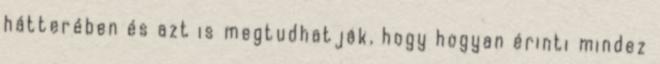
hátterében és azt is megtudhatják, hogy hogyan érinti mindez